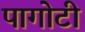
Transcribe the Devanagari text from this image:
पागोटी